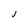
Character: J